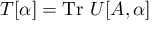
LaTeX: T [ \alpha ] = \mathrm { T r } \ U [ A , \alpha ]